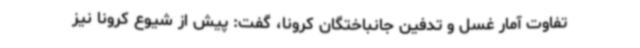
تفاوت آمار غسل و تدفین جانباختگان کرونا، گفت: پیش از شیوع کرونا نیز